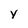
Character: y